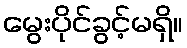
မွေးပိုင်ခွင့်မရှိ။